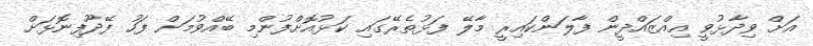
އަށް ވިދާޅުވީ އިއްޒައްދީން ފާލަންކައިރީ މާލޭ ފަޅުތެރޭގައި ކަޅުއޮށްފުންމި ބޭއްވުމަށް ފަހު ފޭދޫފިނޮޅަށް